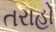
તરાહો